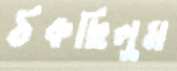
ঠকছিলুম